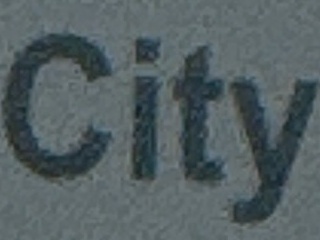
City